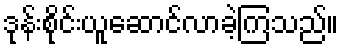
ဒုန်းစိုင်းယူဆောင်လာခဲ့ကြသည်။